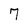
Character: 7